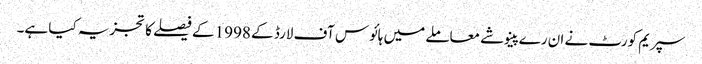
سپریم کورٹ نے ان رے پینوشے معاملے میں ہائوس آف لارڈ کے 1998 کے فیصلے کا تجزیہ کیا ہے۔